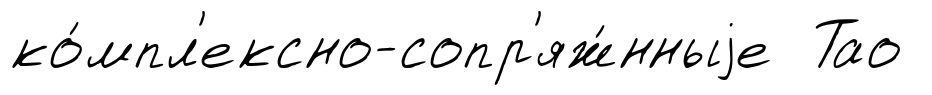
ко́мпл'ексно-сопр'яж́нныjе Тао